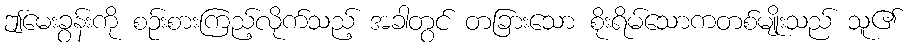
ဤမေးခွန်းကို စဉ်းစားကြည့်လိုက်သည့် အခါတွင် တခြားသော စိုးရိမ်သောကတစ်မျိုးသည် သူ၏